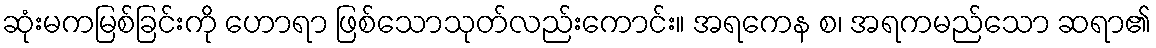
ဆုံးမကမြစ်ခြင်းကို ဟောရာ ဖြစ်သောသုတ်လည်းကောင်း။ အရကေန စ၊ အရကမည်သော ဆရာ၏